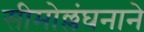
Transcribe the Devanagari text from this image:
सीमोल्लंघनाने